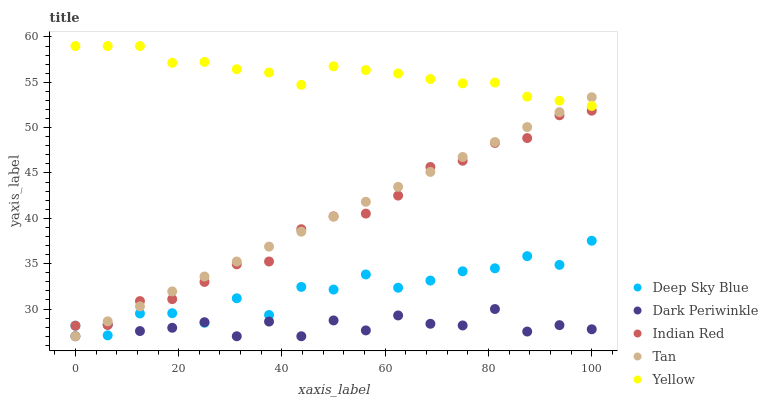
| xaxis_label | Deep Sky Blue | Dark Periwinkle | Indian Red | Tan | Yellow |
 | --- | --- | --- | --- | --- | --- |
 | 0 | 28.2 | 27 | 28.2 | 27 | 59 |
 | 6.25 | 27.1 | 28.3 | 28.3 | 28.6 | 59 |
 | 12.5 | 29.5 | 27.6 | 30.9 | 30.3 | 59 |
 | 18.8 | 29.5 | 27.9 | 31.1 | 31.9 | 57.1 |
 | 25 | 28.5 | 28.5 | 33 | 33.6 | 57.2 |
 | 31.2 | 31.2 | 27 | 34.9 | 35.2 | 56.4 |
 | 37.5 | 29.3 | 28.6 | 35.2 | 36.9 | 56.1 |
 | 43.8 | 32.4 | 27 | 38.8 | 38.5 | 54.7 |
 | 50 | 32.1 | 28.7 | 40.2 | 40.2 | 56.8 |
 | 56.2 | 33.8 | 27.6 | 40.5 | 41.8 | 56.3 |
 | 62.5 | 32.3 | 29.3 | 42.5 | 43.5 | 56 |
 | 68.8 | 33.1 | 28.4 | 45.7 | 45.1 | 55.4 |
 | 75 | 34.2 | 28.2 | 46.4 | 46.8 | 54.9 |
 | 81.2 | 34.5 | 30 | 48.3 | 48.4 | 55 |
 | 87.5 | 35.8 | 27.5 | 48.9 | 50.1 | 53.4 |
 | 93.8 | 34.9 | 28.2 | 51.4 | 51.7 | 53 |
 | 100 | 37.5 | 27.8 | 51.9 | 53.4 | 52.4 |